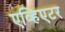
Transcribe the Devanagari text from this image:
एव्हिएटर